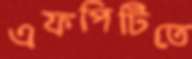
এফপিটিতে